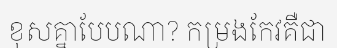
ខុសគ្នាបែបណា? កម្រងកែវគឺជា